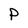
Character: P